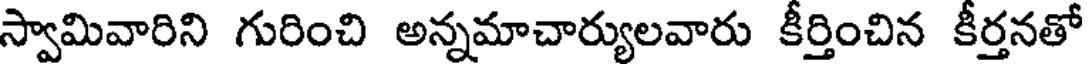
స్వామివారిని గురించి అన్నమాచార్యులవారు కీర్తించిన కీర్తనతో